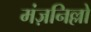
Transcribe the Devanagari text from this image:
मंज़निल्लो